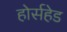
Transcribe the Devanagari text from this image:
होर्सहेड